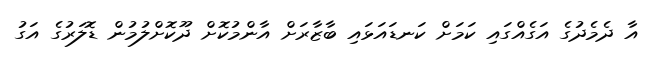
އާ ދެމެދުގެ އަގެއްގައި ކަމަށް ކަނޑައަޅައި ބާޒާރަށް އާންމުކޮށް ދޫކޮށްލުމުން ޑޮލަރުގެ އަގު